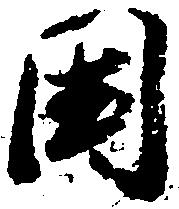
国